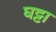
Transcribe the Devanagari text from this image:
घट्टा